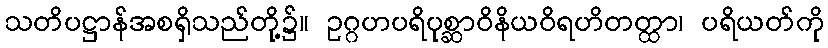
သတိပဋ္ဌာန်အစရှိသည်တို့၌။ ဥဂ္ဂဟပရိပုစ္ဆာဝိနိယဝိရဟိတတ္ထာ၊ ပရိယတ်ကို